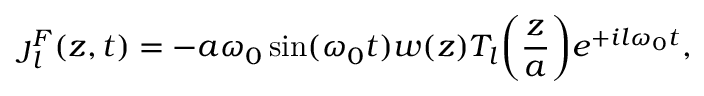
\boldsymbol { \jmath } _ { l } ^ { F } ( z , t ) = - a \omega _ { 0 } \sin ( \omega _ { 0 } t ) w ( z ) T _ { l } \bigg ( \frac { z } { a } \bigg ) e ^ { + i l \omega _ { 0 } t } ,